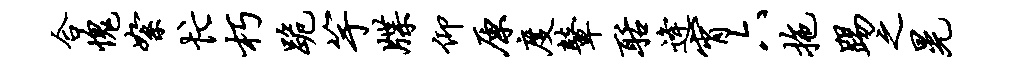
合愧絮忙朽跪竽牒仰原度鼙聒逄宵六拖踢之晃